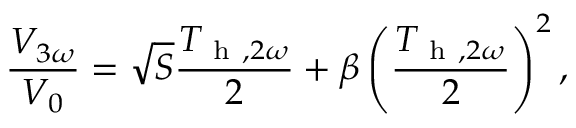
\frac { V _ { 3 \omega } } { V _ { 0 } } = \sqrt { S } \frac { T _ { \mathrm { ~ h ~ } , 2 \omega } } { 2 } + \beta \left( \frac { T _ { \mathrm { ~ h ~ } , 2 \omega } } { 2 } \right) ^ { 2 } { , }